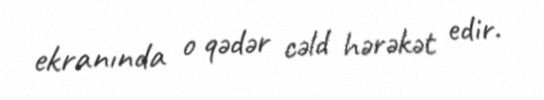
ekranında o qədər cəld hərəkət edir.